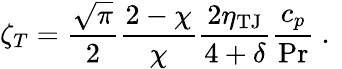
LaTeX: \zeta_{T}=\frac{\sqrt{\pi}}{2}\frac{2-\chi}{\chi}\frac{2\eta_{\mathrm{TJ}}}{4+\delta}\frac{c_{p}}{\operatorname*{Pr}}\mathrm{~.~}